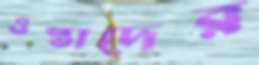
ওস্তাদের